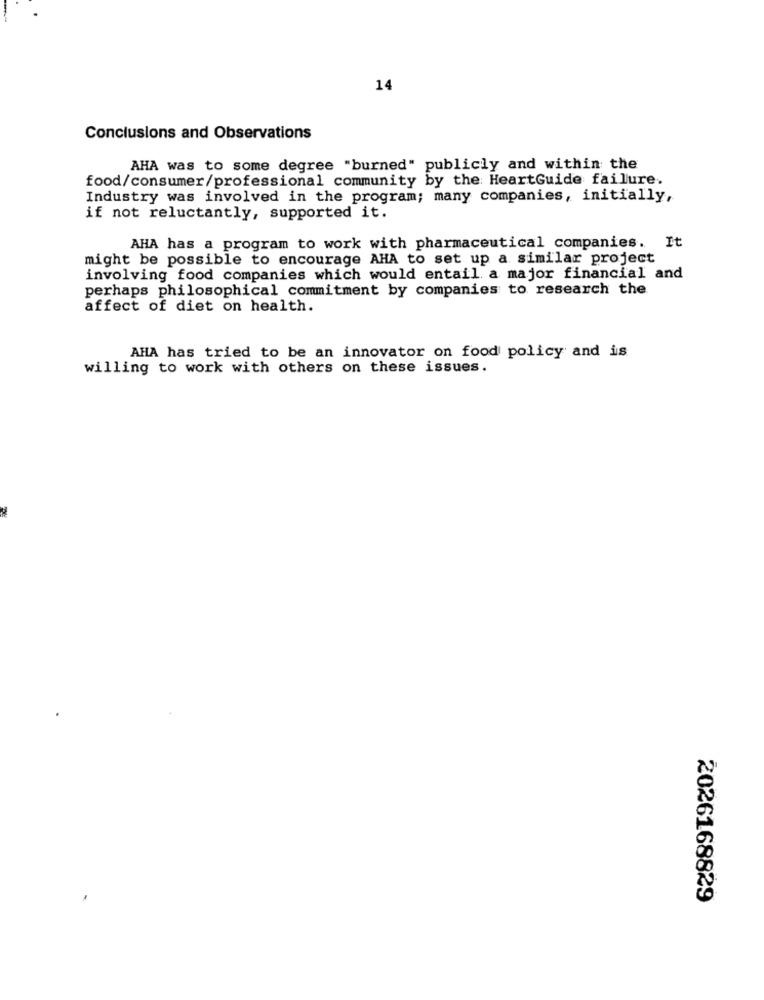
14
Conclusions and Observations
AHA was to some degree "burned" publicly and within the
food/consumer/professional community by the HeartGuide failure.
Industry was involved in the program; many companies, initially,
if not reluctantly, supported it.
AHA has a program to work with pharmaceutical companies. It
might be possible to encourage AHA to set up a similar project
involving food companies which would entail a major financial and
perhaps philosophical commitment by companies to research the
affect of diet on health.
AHA has tried to be an innovator on food policy and is
willing to work with others on these issues.
2026168829